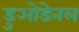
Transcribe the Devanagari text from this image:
डुओडेनल